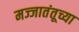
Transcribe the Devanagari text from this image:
मज्जातंतूच्या